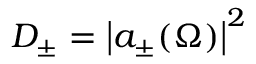
D _ { \pm } = \big | a _ { \pm } ( \Omega ) \big | ^ { 2 }